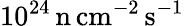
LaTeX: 10^{24}\, \mathrm{n\, cm^{-2}\, s^{-1}}